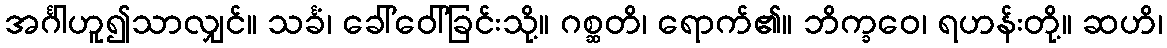
အင်္ဂါဟူ၍သာလျှင်။ သင်္ခံ၊ ခေါ်ဝေါ်ခြင်းသို့။ ဂစ္ဆတိ၊ ရောက်၏။ ဘိက္ခဝေ၊ ရဟန်းတို့။ ဆဟိ၊